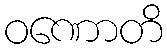
ဝဏောတိ